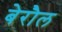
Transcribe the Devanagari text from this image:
बेरौल